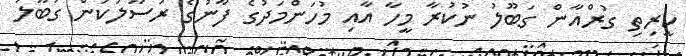
ކީރިތި ގުރްއާން ގަބޫލު ނުކުރާ މީހާ އާއި މުހަންމަދުގެ ފާނުގެ ރަސޫލުކަން ގަބޫލު